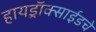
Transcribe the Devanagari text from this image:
हायड्राॅक्साईडचे